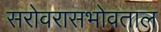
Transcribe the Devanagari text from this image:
सरोवरासभोवताल